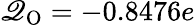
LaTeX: \mathscr{Q}_{\mathrm{{O}}}=-0.8476e